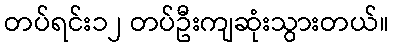
တပ်ရင်း၁၂ တပ်ဦးကျဆုံးသွားတယ်။